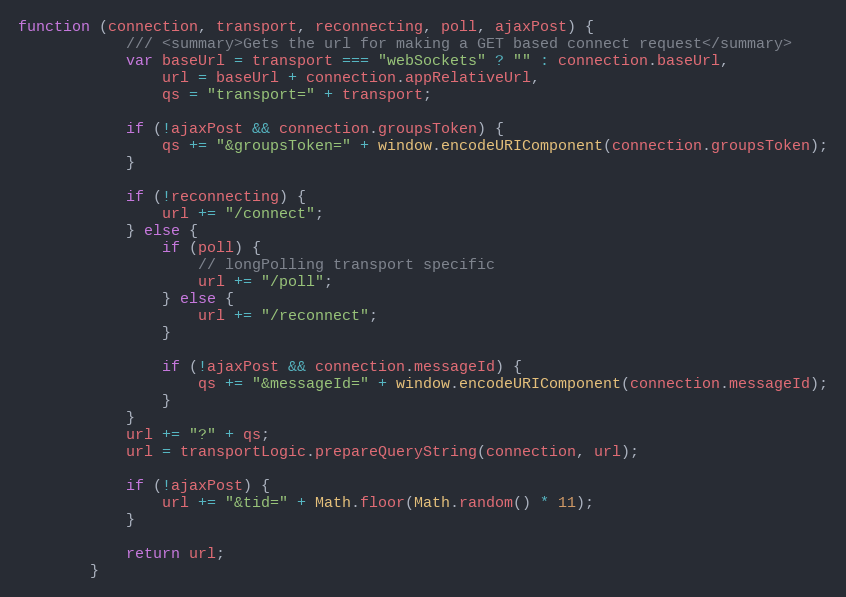
Language: JavaScript
function (connection, transport, reconnecting, poll, ajaxPost) {
            /// <summary>Gets the url for making a GET based connect request</summary>
            var baseUrl = transport === "webSockets" ? "" : connection.baseUrl,
                url = baseUrl + connection.appRelativeUrl,
                qs = "transport=" + transport;

            if (!ajaxPost && connection.groupsToken) {
                qs += "&groupsToken=" + window.encodeURIComponent(connection.groupsToken);
            }

            if (!reconnecting) {
                url += "/connect";
            } else {
                if (poll) {
                    // longPolling transport specific
                    url += "/poll";
                } else {
                    url += "/reconnect";
                }

                if (!ajaxPost && connection.messageId) {
                    qs += "&messageId=" + window.encodeURIComponent(connection.messageId);
                }
            }
            url += "?" + qs;
            url = transportLogic.prepareQueryString(connection, url);

            if (!ajaxPost) {
                url += "&tid=" + Math.floor(Math.random() * 11);
            }

            return url;
        }